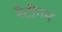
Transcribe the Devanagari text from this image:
रैटीगन